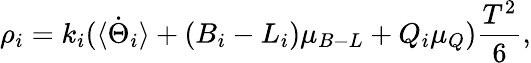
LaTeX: \rho_{i}=k_{i}(\langle\dot{\Theta}_{i}\rangle+(B_{i}-L_{i})\mu_{B-L}+Q_{i}\mu_{Q})\frac{T^{2}}{6},